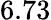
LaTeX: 6.73